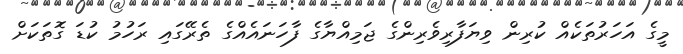
މީގެ އަހަރުތަކެއް ކުރިން ވިޔަފާރިވެރިންގެ ޖަމިއްޔާގެ ފާހަނައެއްގެ ތެރޭގައި ރަހުމު ކުޑަ ގޮތަކަށް